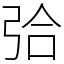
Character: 㢵